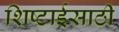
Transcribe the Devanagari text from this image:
शिष्टाईसाठी